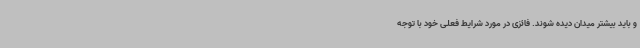
و باید بیشتر میدان دیده شوند. فائزی در مورد شرایط فعلی خود با توجه